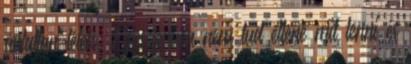
ártatlan lélek. Egyszerűen nem tud ellene mit tenni és